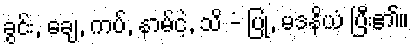
ခွင်း, ချေ, ကပ်, နာမ်ငဲ့, သိ -ံ ပြု, မဒနိယံ ပြီး၏။